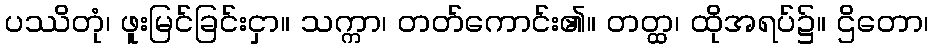
ပဿိတုံ၊ ဖူးမြင်ခြင်းငှာ။ သက္ကာ၊ တတ်ကောင်း၏။ တတ္ထ၊ ထိုအရပ်၌။ ဌိတော၊